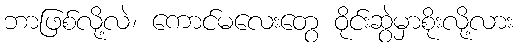
ဘာဖြစ်လို့လဲ၊ ကောင်မလေးတွေ ဝိုင်းဆွဲမှာစိုးလို့လား